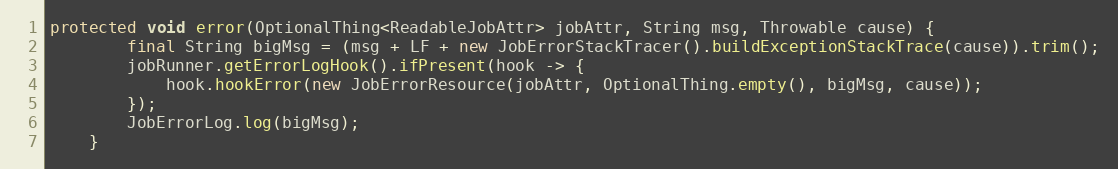
Language: Java
protected void error(OptionalThing<ReadableJobAttr> jobAttr, String msg, Throwable cause) {
        final String bigMsg = (msg + LF + new JobErrorStackTracer().buildExceptionStackTrace(cause)).trim();
        jobRunner.getErrorLogHook().ifPresent(hook -> {
            hook.hookError(new JobErrorResource(jobAttr, OptionalThing.empty(), bigMsg, cause));
        });
        JobErrorLog.log(bigMsg);
    }